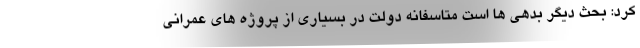
کرد: بحث دیگر بدهی ها است متاسفانه دولت در بسیاری از پروژه های عمرانی